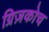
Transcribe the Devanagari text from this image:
ग्रिज़कोच